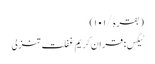
(بقرہ/١٠١)
ٹیگس: قران کریم غفلت تنزلی